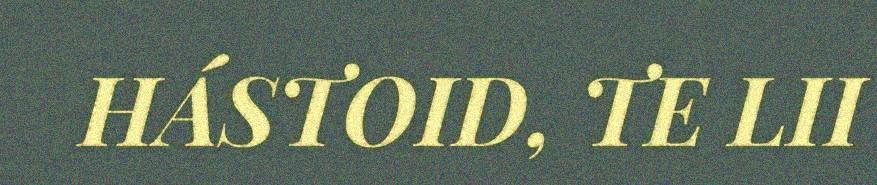
HÁSTOID, TE LII